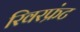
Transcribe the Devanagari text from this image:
रिवरफ्रंट